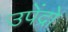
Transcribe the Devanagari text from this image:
उपेंद्रो